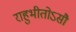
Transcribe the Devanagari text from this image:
राहुभीतोऽसौ